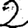
Digit: 2